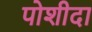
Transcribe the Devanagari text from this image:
पोशीदा